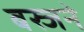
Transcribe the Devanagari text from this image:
बस्जने